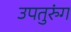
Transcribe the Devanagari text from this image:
उपतुरुंग